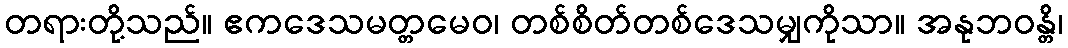
တရားတို့သည်။ ဧကဒေသမတ္တမေဝ၊ တစ်စိတ်တစ်ဒေသမျှကိုသာ။ အနုဘဝန္တိ၊